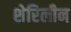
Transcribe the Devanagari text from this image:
शेरिलीन